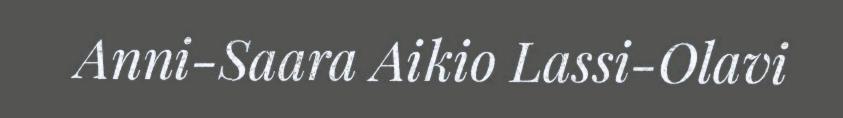
Anni-Saara Aikio Lassi-Olavi